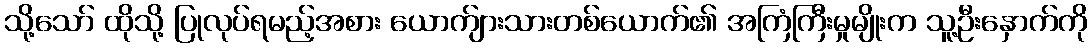
သို့သော် ထိုသို့ ပြုလုပ်ရမည့်အစား ယောက်ျားသားတစ်ယောက်၏ အကြံကြီးမှုမျိုးက သူ့ဦးနှောက်ကို